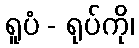
ရူပံ - ရုပ်ကို၊